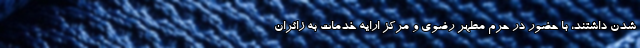
شدن داشتند، با حضور در حرم مطهر رضوی و مرکز ارایه خدمات به زائران